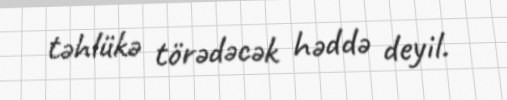
təhlükə törədəcək həddə deyil.